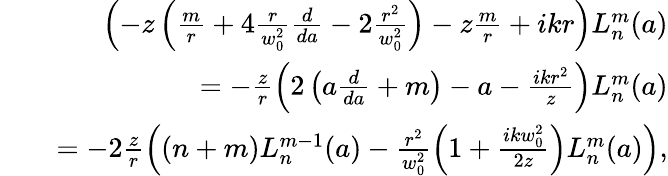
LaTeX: \begin{array}{rlr}&{}&{\left(-z\left(\frac{m}{r}+4\frac{r}{w_{0}^{2}}\frac{d}{da}-2\frac{r^{2}}{w_{0}^{2}}\right)-z\frac{m}{r}+ikr\right)L_{n}^{m}(a)}\\ &{}&{=-\frac{z}{r}\left(2\left(a\frac{d}{da}+m\right)-a-\frac{ikr^{2}}{z}\right)L_{n}^{m}(a)}\\ &{}&{=-2\frac{z}{r}\left((n+m)L_{n}^{m-1}(a)-\frac{r^{2}}{w_{0}^{2}}\left(1+\frac{ikw_{0}^{2}}{2z}\right)L_{n}^{m}(a)\right),}\end{array}